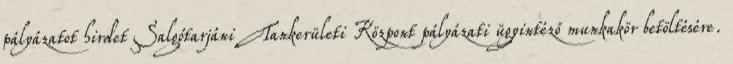
pályázatot hirdet Salgótarjáni Tankerületi Központ pályázati ügyintéző munkakör betöltésére.